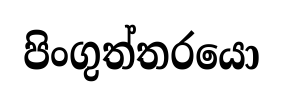
පිංගුත්තරයො